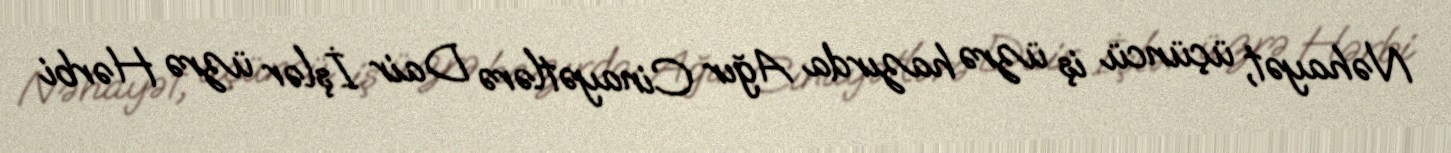
Nəhayət, üçüncü iş üzrə hazırda Ağır Cinayətlərə Dair İşlər üzrə Hərbi